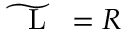
\widetilde { \mathrm { ~ \small ~ \mathscr ~ { ~ L ~ } ~ } } = R